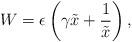
LaTeX: \begin{align*}W = \epsilon \left( \gamma \tilde{x} + \frac {1}{\tilde{x}} \right),\end{align*}